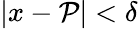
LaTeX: |x-\mathcal{P}|<\delta